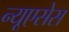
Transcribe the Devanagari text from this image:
न्यूएसेस